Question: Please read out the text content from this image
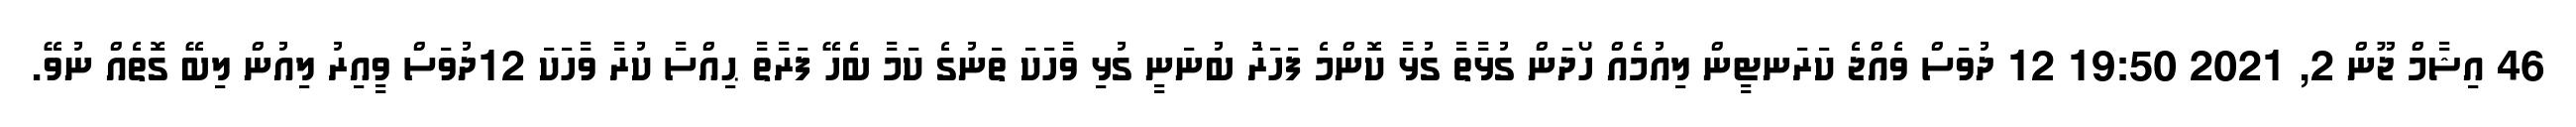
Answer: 46 އިޝާމް ޖޫން 2, 2021 19:50 12 ދުވަސް ވެއްޖެ ކަރަނޓީން ލިއުމެއް ހޯދަން ގުޅާތާ ގުޅާ ކޮންމެ ފަހަރަު ބުނަނީ ގުޅި ވާހަކަ ތަނުގެ ކަމާ ބެހޭ ފަރާތާ ޙިއްސާ ކުރާ ވާހަކަ 12ދުވަސް ވީއިރު ލިއުން ލިބޭ ގޮތެއް ނުވޭ.